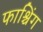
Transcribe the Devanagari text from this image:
फाश्चिंग